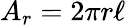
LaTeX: A_{r}=2\pi r\ell